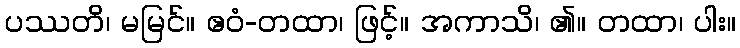
ပဿတိ၊ မမြင်။ ဧဝံ-တထာ၊ ဖြင့်။ အကာသိ၊ ၏။ တထာ၊ ပါး။